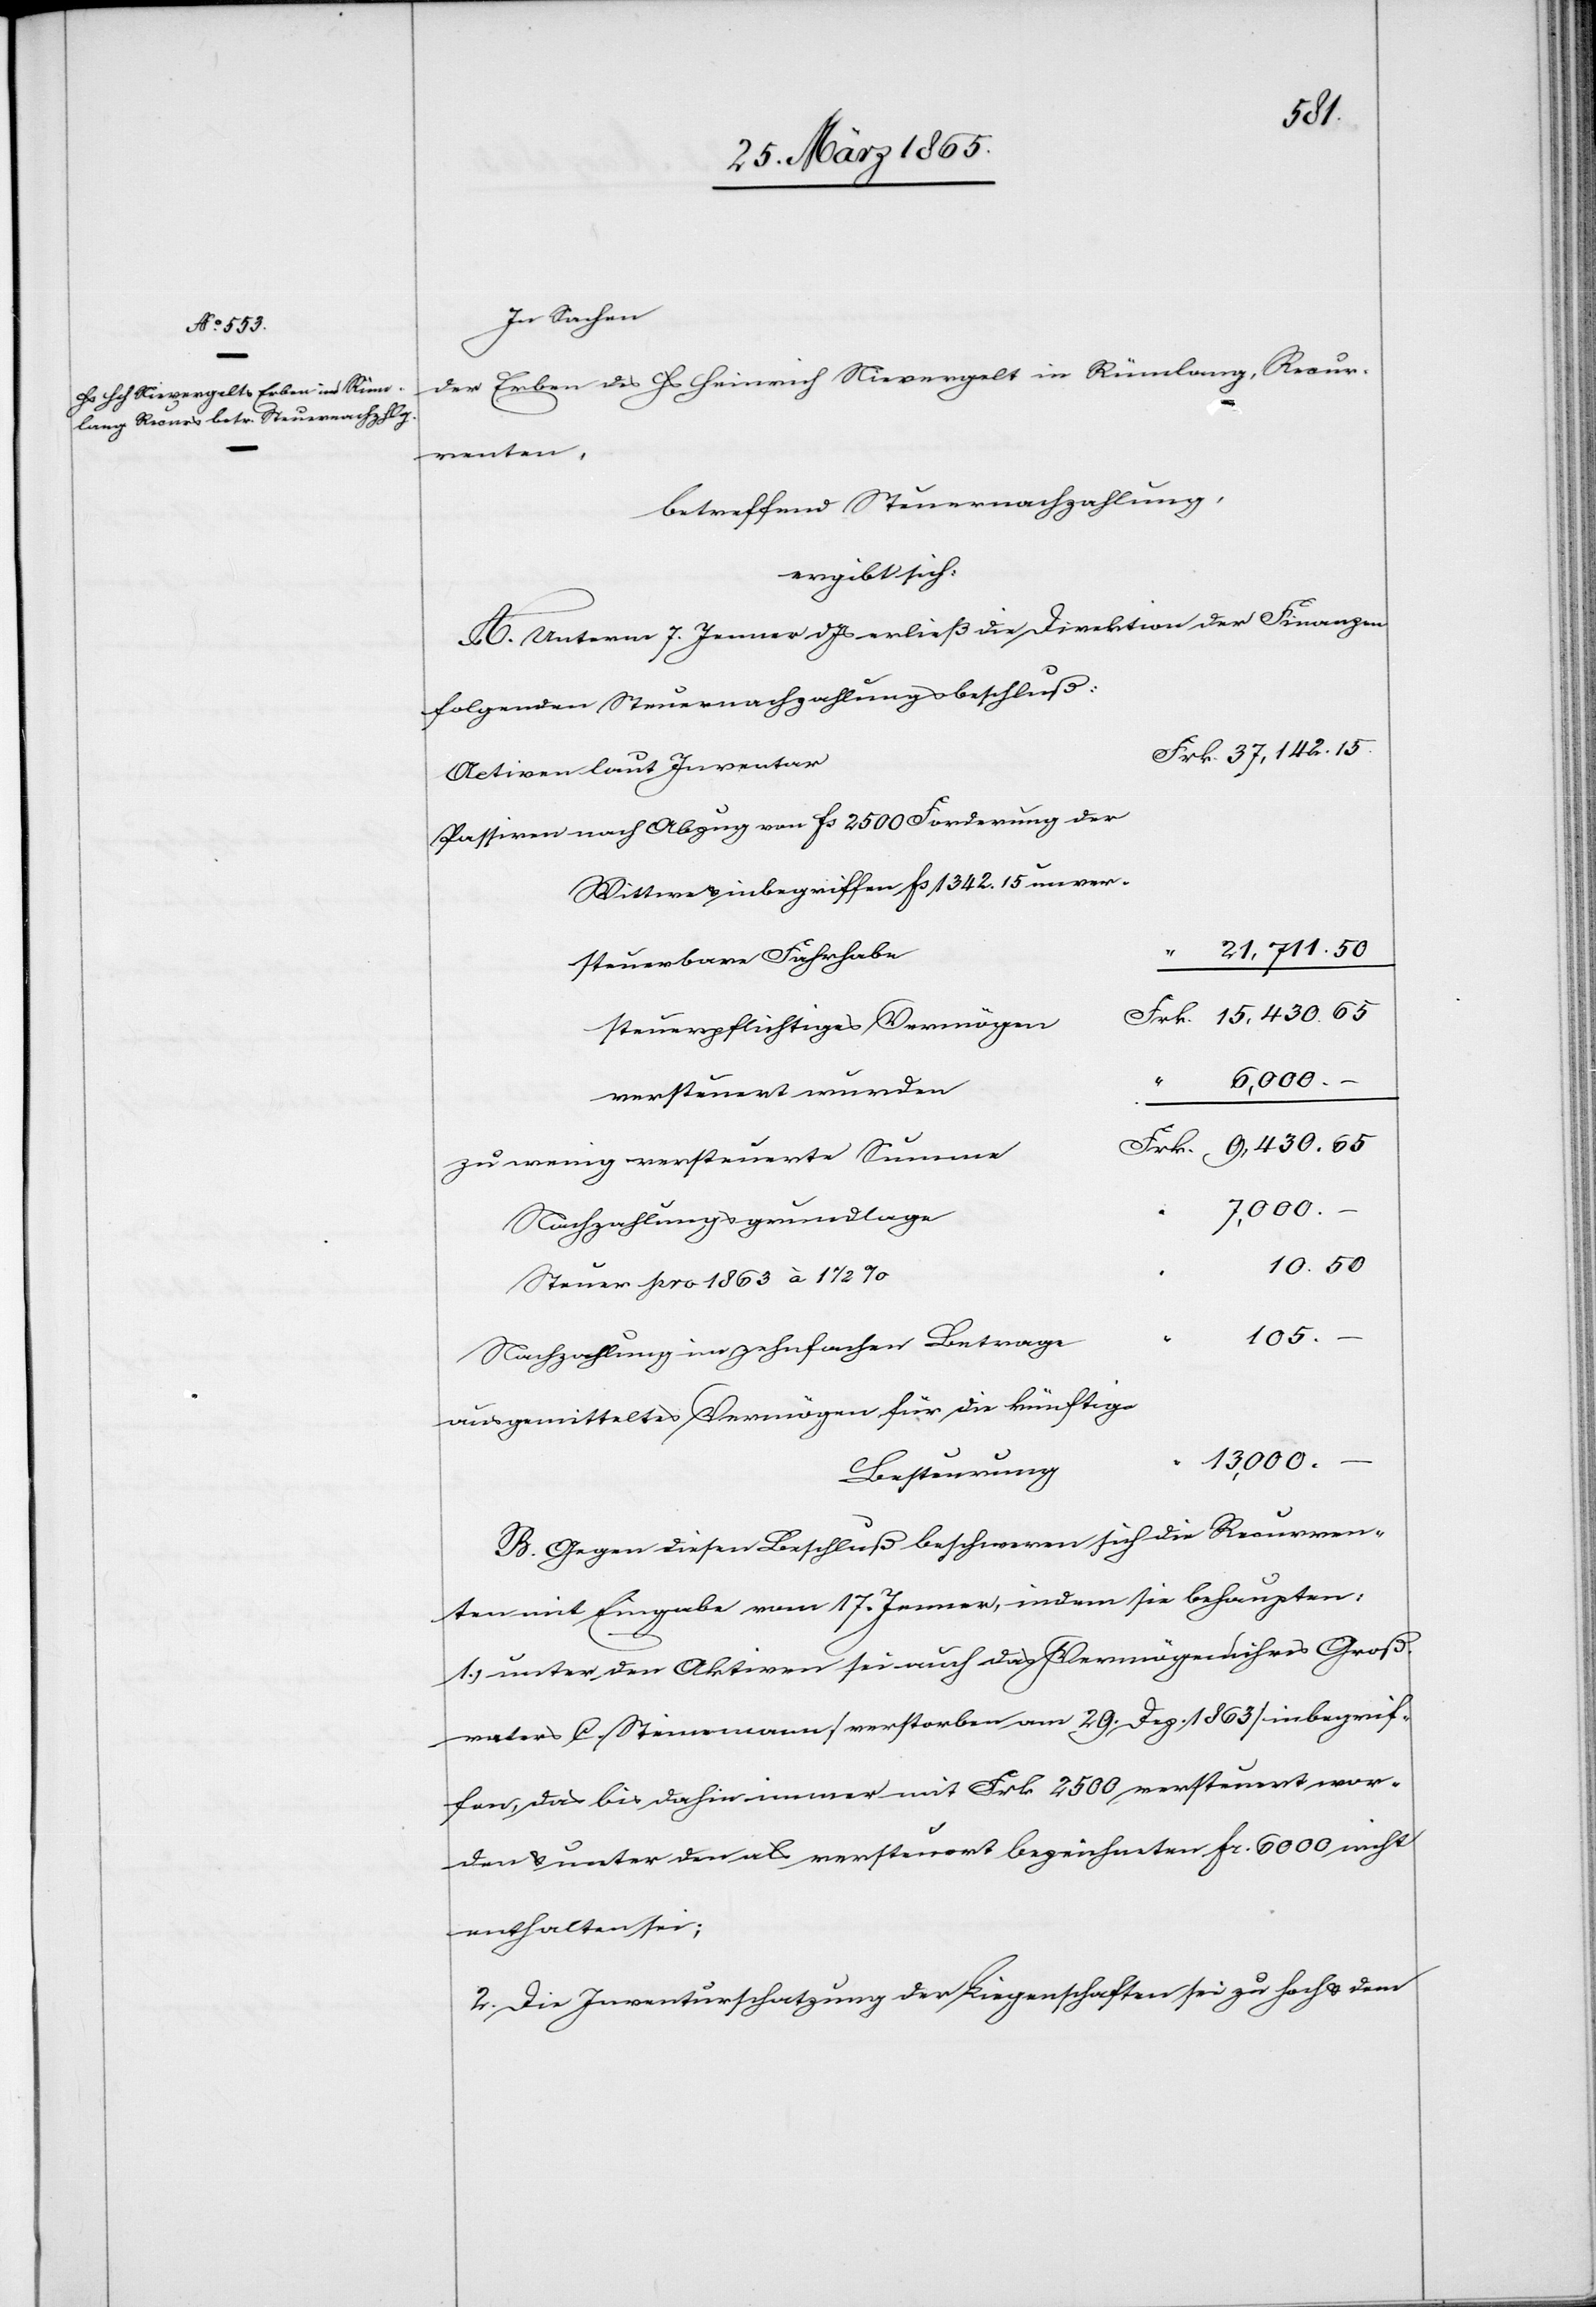
Frk.
In Sachen
der Erben des Hs Heinrich Nievergelt in Rümlang, Recur¬
renten,
betreffend Steuernachzahlung,
ergibt sich:
A. Unterm 7. Jenner d Js erließ die Direktion der Finanzen
folgenden Steuernachzahlungsbeschluß:
Activen laut Inventar
Passiven nach Abzug von fs 2500 Forderung der
Wittwe & inbegriffen fs 1342. 15 unver¬
steuerbare Fahrhabe
steuerpflichtiges Vermögen
versteuert wurden
zu wenig versteuerte Summe
7,000.
–
Nachzahlungsgrundlage
Steuer pro 1863 à 1 ½
105.
Nachzahlung im zehnfachen Betrage
ausgemitteltes Vermögen für die künftige
13,000.
Besteurung
B. Gegen diesen Beschluß beschweren sich die Recurren¬
ten mit Eingabe vom 17. Jenner, indem sie behaupten:
1.) unter den Aktiven sei auch das Vermögen ihres Groß¬
vaters C. Steinemann [verstorben am 29. Dez. 1863] inbegrif¬
fen, das bis dahin immer mit Frk 2500 versteuert wor¬
den & unter den als versteuert bezeichneten fr. 6000 nicht
enthalten sei;
2. Die Inventarschatzung der Liegenschaften sei zu hoch & dem